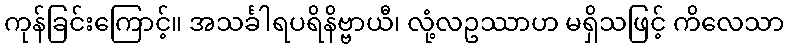
ကုန်ခြင်းကြောင့်။ အသင်္ခါရပရိနိဗ္ဗာယီ၊ လုံ့လဥဿာဟ မရှိသဖြင့် ကိလေသာ